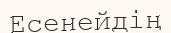
Есенейдің